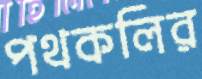
পথকলির